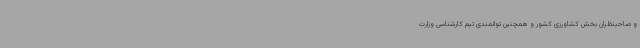
و صاحبنظران بخش کشاورزی کشور و همچنین توانمندی تیم کارشناسی وزارت